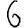
Digit: 6